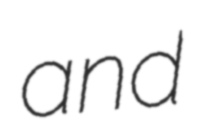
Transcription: and